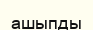
ашыпды